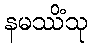
နမဿိံသု